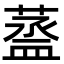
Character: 䕄